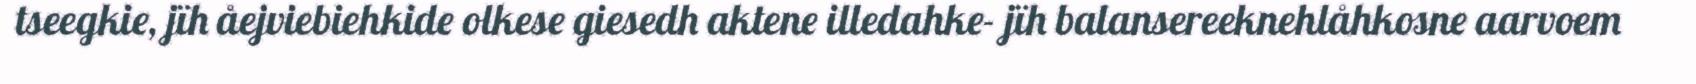
tseegkie, jïh åejviebiehkide olkese giesedh aktene illedahke- jïh balansereeknehlåhkosne aarvoem